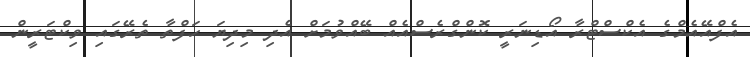
އެފްއޭއެމްގެ އެކްސްޓްރާ އޯޑިނަރީ ކޮންގްރެސްއެއް ބޭއްވުމަށް އެދި މިދިޔަ ހަފްތާ ތެރޭގައި ވިކްޓަރީން